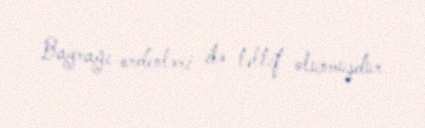
Bayrağı ordenləri ilə təltif olunmuşdur.